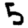
Digit: 5